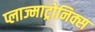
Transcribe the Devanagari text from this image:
प्लाज्माट्रोनिक्स